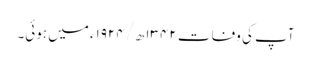
آپ کی وفات ۱۳۴۲ھ/۱۹۲۴ء میں ہوئی۔